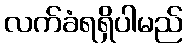
လက်ခံရရှိပါမည်